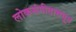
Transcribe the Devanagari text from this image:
लोकसंगीतामधून